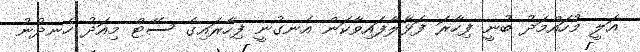
އަލީ މުހައްމަދު ބުނީ ފިހާރަ ފަޅާލާފައިވާކަން އެނގުނީ ފިހާރައިގެ ސޭޓް މިއަދު ހެނދުނު